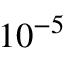
1 0 ^ { - 5 }